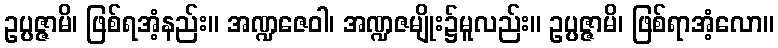
ဥပ္ပဇ္ဇာမိ၊ ဖြစ်ရအံ့နည်း။ အဏ္ဍဇေဝါ၊ အဏ္ဍဇမျိုး၌မူလည်း။ ဥပ္ပဇ္ဇာမိ၊ ဖြစ်ရာအံ့လော။